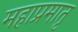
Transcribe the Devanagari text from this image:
महाप्रमातृ